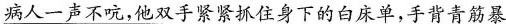
\underline{病人一声不吭，他双手紧紧抓住身下的床单，手背青筋暴}